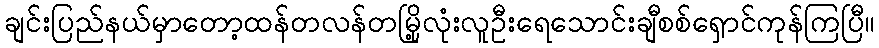
ချင်းပြည်နယ်မှာတော့ထန်တလန်တမြို့လုံးလူဦးရေသောင်းချီစစ်ရှောင်ကုန်ကြပြီ။